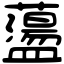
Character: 蘯